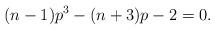
LaTeX: \begin{align*}(n-1)p^3-(n+3)p-2=0.\end{align*}